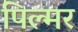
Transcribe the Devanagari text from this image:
पिल्मर